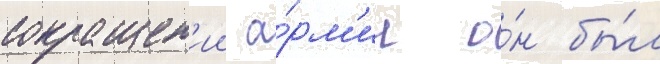
сокращен'ии а́рм'ии о́н бы́л